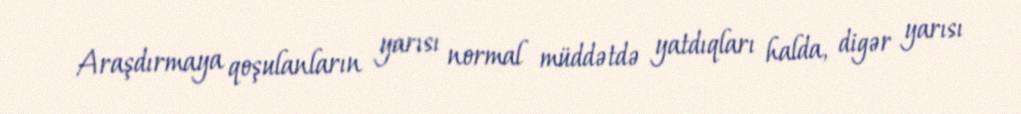
Araşdırmaya qoşulanların yarısı normal müddətdə yatdıqları halda, digər yarısı